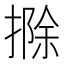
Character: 𢲢